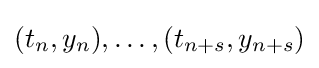
(t_{n},y_{n}),\ldots ,(t_{n+s},y_{n+s})